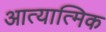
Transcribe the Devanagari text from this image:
आत्यात्मिक